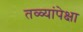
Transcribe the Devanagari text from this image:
तळ्यांपेक्षा